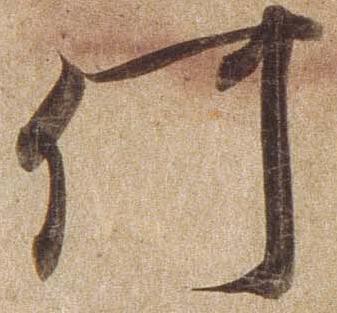
何